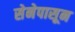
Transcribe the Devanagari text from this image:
सेनेपासून